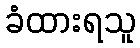
ခံထားရသူ